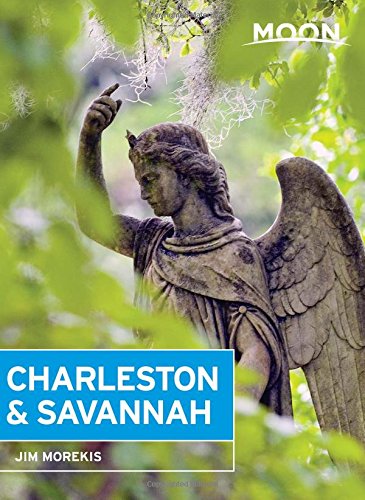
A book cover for Moon Charleston & Savannah (Moon Charleston and Savannah); Jim Morekis; Travel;